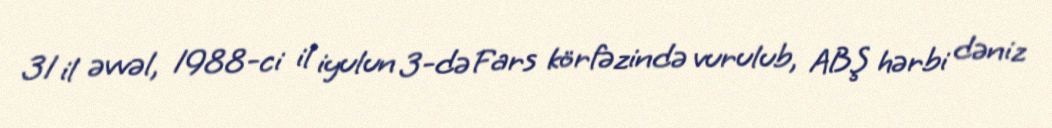
31 il əvvəl, 1988-ci il iyulun 3-də Fars körfəzində vurulub, ABŞ hərbi dəniz